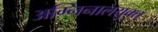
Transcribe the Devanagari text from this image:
अग्निनालयुक्त